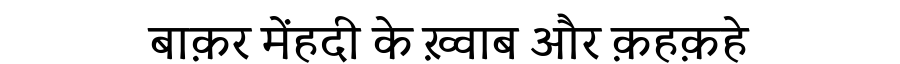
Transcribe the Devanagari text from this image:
बाक़र मेंहदी के ख़्वाब और क़हक़हे